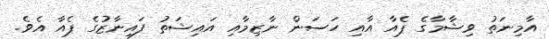
އާމިނަތު ވިޝާމާގެ ޕެއާ އާއި ހަސަން ނާޒިމާއި އައިޝަތު ފައިނާޒުގެ ޕެއާ އެވެ.